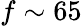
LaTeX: f\sim 65